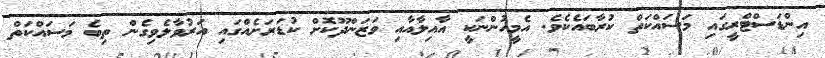
އިންޑަސްޓްރީގައި މަސައްކަތް ކުރާބައެކެވެ. އެމީހުންނަކީ އާއިލާއާއި ވަޒަންދޫކޮށް ކުޑަރަށެއްގައި އަރުވާލެވިގެން ތިބެ މަސައްކަތް